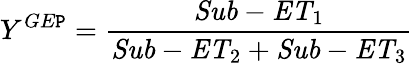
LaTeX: Y^{GE\mathtt{P}}=\frac{{\mathit{{Sub-ET}}_{1}}}{{\mathit{{Sub-ET}}_{2}+\mathit{{Sub-ET}}_{3}}}